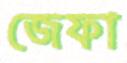
জেফা